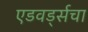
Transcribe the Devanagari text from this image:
एडवर्ड्सचा